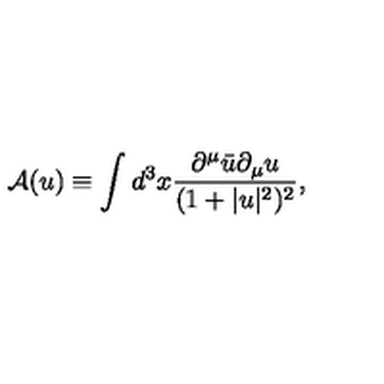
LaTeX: \mathrm { \cal { A } } ( u ) \equiv \int d ^ { 3 } x \frac { \partial ^ { \mu } \bar { u } \partial _ { \mu } u } { ( 1 + | u | ^ { 2 } ) ^ { 2 } } ,